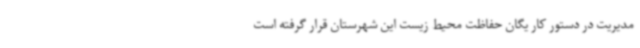
مدیریت در دستور کار یگان حفاظت محیط زیست این شهرستان قرار گرفته است